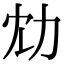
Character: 𠠹